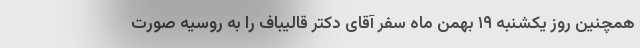
همچنین روز یکشنبه ۱۹ بهمن ماه سفر آقای دکتر قالیباف را به روسیه صورت